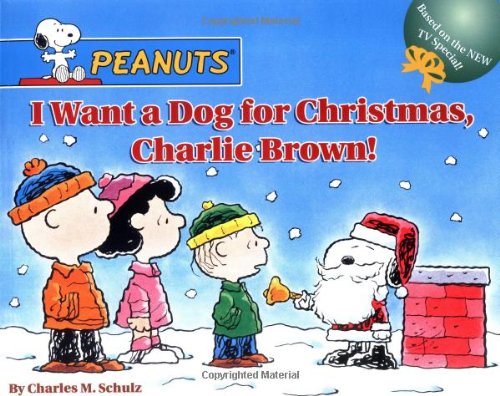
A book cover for I Want a Dog for Christmas, Charlie Brown!  (Peanuts); Charles M. Schulz; Children's Books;